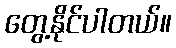
တွေ့နိုင်ပါတယ်။